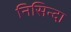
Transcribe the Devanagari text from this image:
निसिन्दा